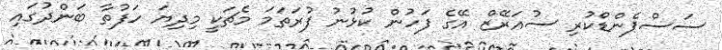
ސަސްޕެންޑްކުރި ސުއަރޭޒް އޭގެ ފަހުން ކުޅުނު ފުރަތަމަ މެޗަކީ މިދިޔަ ހަފުތާ ބަންދުގައި